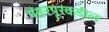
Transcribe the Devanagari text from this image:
पंढरपूरकडील